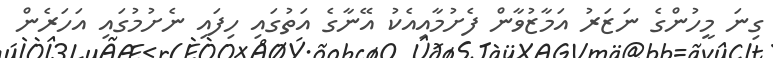
ގިނަ މީހުންގެ ނަޒަރު އަމާޒުވާން ފެށުމާއިއެކު އޭނާގެ އަތުގައި ހިފައި ނެށުމުގައި އަހަރެން